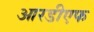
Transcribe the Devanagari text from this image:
आरडीएफ